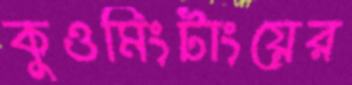
কুওমিংটাংয়ের